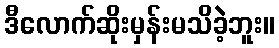
ဒီလောက်ဆိုးမှန်းမသိခဲ့ဘူး။